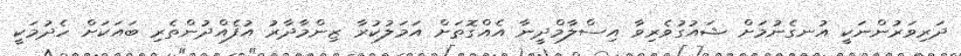
ދަރިވަރުންނަކީ އުނގެނުމަށް ޝައުގުވެރިވާ އިސްލާމްދީނާ އެއްގޮތަށް އަމަލުކުރާ ޒިންމާދާރު އުފެއްދުންތެރި ބައަކަށް ހެދުމަކީ